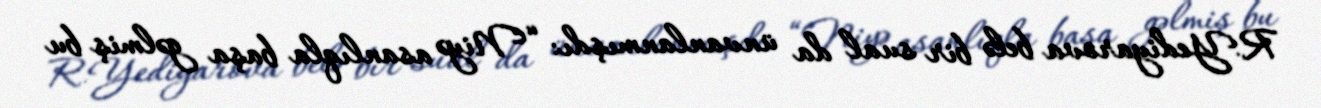
R.Yediyarova belə bir sual da ünvanlanmışdı: “Niyə asanlıqla başa gəlmiş bu